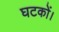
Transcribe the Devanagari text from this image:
घटकों।